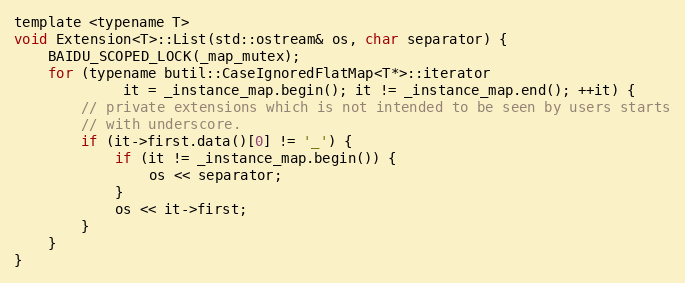
Language: C
template <typename T>
void Extension<T>::List(std::ostream& os, char separator) {
    BAIDU_SCOPED_LOCK(_map_mutex);
    for (typename butil::CaseIgnoredFlatMap<T*>::iterator
             it = _instance_map.begin(); it != _instance_map.end(); ++it) {
        // private extensions which is not intended to be seen by users starts
        // with underscore.
        if (it->first.data()[0] != '_') {
            if (it != _instance_map.begin()) {
                os << separator;
            }
            os << it->first;
        }
    }
}